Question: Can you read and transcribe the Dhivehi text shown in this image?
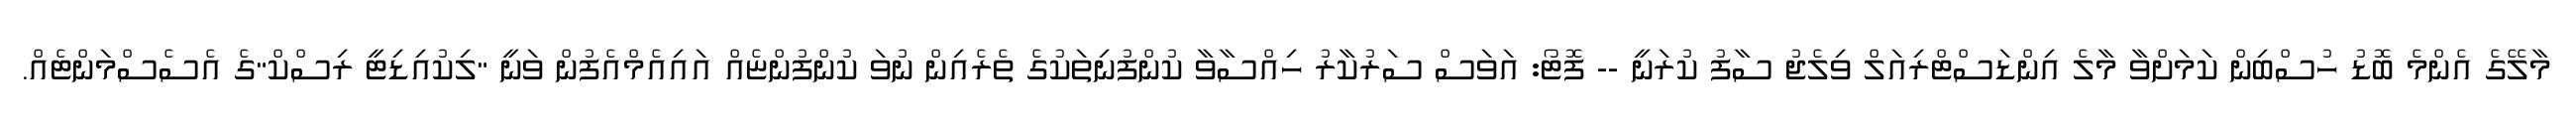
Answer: މާލޭގެ އެންމެ ބޮޑު ހުސްބިން ކަމަށްވާ މާލެ އިންޑަސްޓްރިއަލް ވިލެޖު ސާފު ކުރަނީ -- ފޮޓޯ: އަވަސް ސަރުކާރު ހިއްސާވާ ކުންފުނިތަކުގެ ތެރެއިން ނުވަ ކުންފުންޏެއް އައިއެމްއެފުން ވަނީ "ލިކުއިޑިޓީ ރިސްކް"ގެ އެސެސްމަންޓެއް.